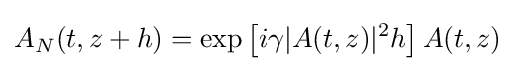
A_{N}(t,z+h)=\exp \left[i\gamma |A(t,z)|^{2}h\right]A(t,z)